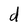
Character: d